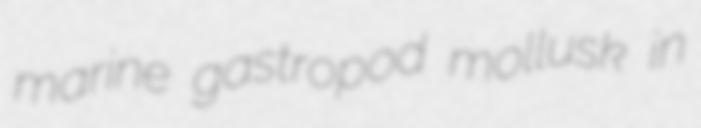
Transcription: marine gastropod mollusk in